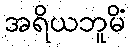
အရိယဘူမိံ